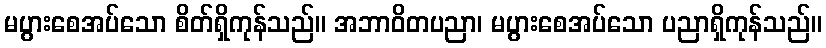
မပွားစေအပ်သော စိတ်ရှိကုန်သည်။ အဘာဝိတပညာ၊ မပွားစေအပ်သော ပညာရှိကုန်သည်။